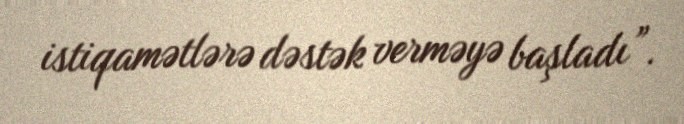
istiqamətlərə dəstək verməyə başladı”.